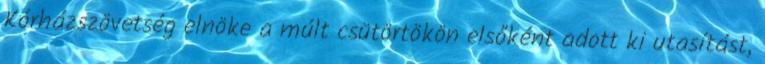
Kórházszövetség elnöke a múlt csütörtökön elsőként adott ki utasítást,